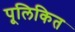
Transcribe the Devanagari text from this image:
पूलिकित